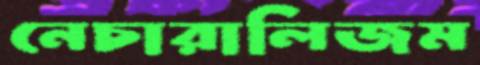
নেচারালিজম